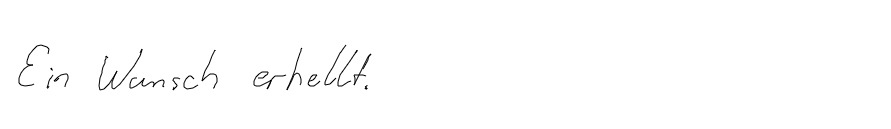
Ein Wunsch erhellt.